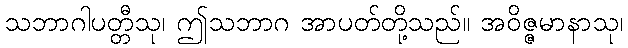
သဘာဂါပတ္တီသု၊ ဤသဘာဂ အာပတ်တို့သည်။ အဝိဇ္ဇမာနာသု၊